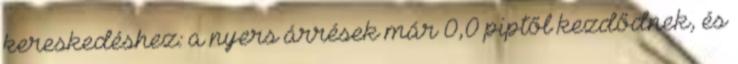
kereskedéshez: a nyers árrések már 0,0 piptől kezdődnek, és